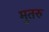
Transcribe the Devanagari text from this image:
मुतरु